Sanitation, dispensaries and jails vaccination Rajputana 1922-1927 - 1922-1927
Year: 1922
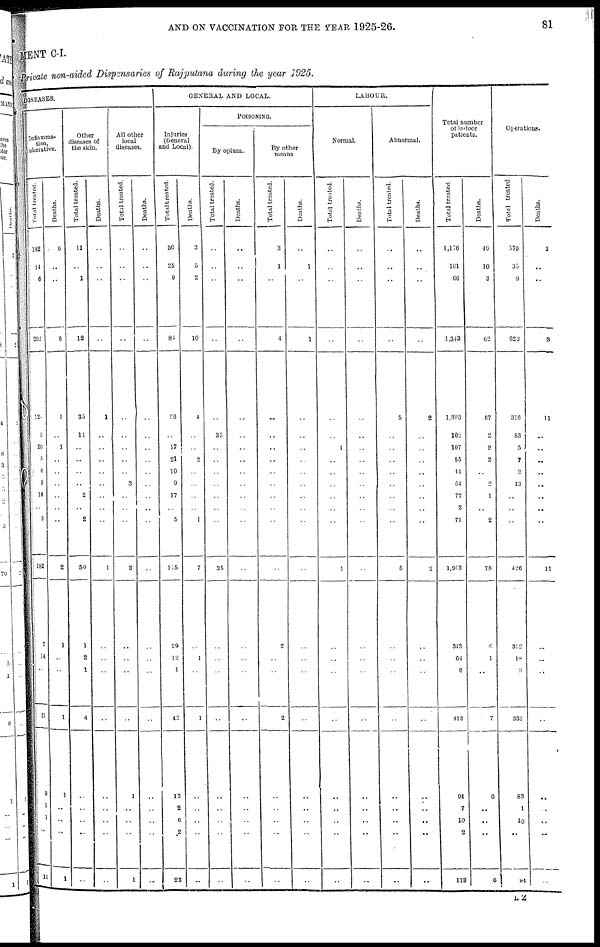
AND ON VACCINATION FOR THE YEAR 1925-26.
81
MENT C-I.
Private non-aided Dispensaries of Rajputana during the year 1925.
DISEASES.
Inflamma-
tion,
ulcerative.
Total treated.
182
14
6
202
120
3
20
5
6
3
16
..
9
182
7
14
..
21
9
1
1
..
11
Deaths.
6
..
..
6
1
..
1
..
..
..
..
..
..
2
1
..
..
1
1
..
..
..
1
Other
diseases of
the skin.
Total treated.
11
..
1
12
35
11
..
..
..
..
2
..
2
50
1
2
1
4
..
..
..
..
..
Deaths.
..
..
..
..
1
..
..
..
..
..
..
..
..
1
..
..
..
..
..
..
..
..
..
All other
local
diseases.
Total treated.
..
..
..
..
..
..
..
..
..
3
..
..
..
3
..
..
..
..
1
..
..
..
1
Deaths.
..
..
..
..
..
..
..
..
..
..
..
..
..
..
..
..
..
..
..
..
..
..
..
GENERAL AND LOCAL.
Injuries
(General
and Local).
Total treated.
50
25
9
84
96
..
17
21
10
9
17
..
5
175
29
12
1
42
13
2
6
2
23
Deaths.
3
5
2
10
4
..
..
2
..
..
..
..
1
7
..
1
..
1
..
..
..
..
..
POISONING.
By opium.
Total treated.
..
..
..
..
..
35
..
..
..
..
..
..
..
35
..
..
..
..
..
..
..
..
..
Deaths.
..
..
..
..
..
..
..
..
..
..
..
..
..
..
..
..
..
..
..
..
..
..
..
By other
means
Total treated.
3
1
..
4
..
..
..
..
..
..
..
..
..
..
2
..
..
2
..
..
..
..
..
Deaths.
..
1
..
1
..
..
..
..
..
..
..
..
..
..
..
..
..
..
..
..
..
..
..
LABOUR.
Normal.
Total treated.
..
..
..
..
..
..
1
..
..
..
..
..
..
1
..
..
..
..
..
..
..
..
..
Deaths.
..
..
..
..
..
..
..
..
..
..
..
..
..
..
..
..
..
..
..
..
..
..
..
Abnormal.
Total treated.
..
..
..
..
5
..
..
..
..
..
..
..
..
5
..
..
..
..
..
..
..
..
..
Deaths.
..
..
..
..
2
..
..
..
..
..
..
..
..
2
..
..
..
..
..
..
..
..
..
Total number
of indoor
patients).
Total treated.
1,176
101
66
1,343
1,393
102
107
55
41
64
77
3
71
1,913
343
64
6
413
94
7
10
2
113
Deaths.
49
10
3
62
67
2
2
2
..
2
1
..
2
78
6
1
..
7
6
..
..
..
6
Operations.
Total treated.
579
35
9
623
316
83
5
7
2
13
..
..
..
4 26
312
18
3
333
83
1
10
..
94
Deaths.
3
..
..
3
11
..
..
..
..
..
..
..
..
11
..
..
..
..
..
..
..
..
..
L 2